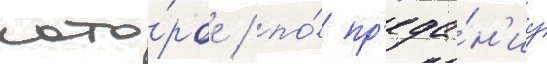
кото́рое / по́ пр'еда́н'иу